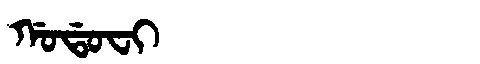
Manchu: ᡤᠣᡩᠣᠸᡳ
Romanization: GODOFI